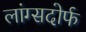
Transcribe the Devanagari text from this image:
लांग्सदोर्फ